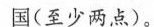
国(至少两点)。